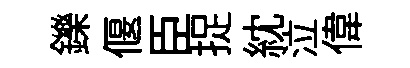
鑠偃臣捉紞泣偉